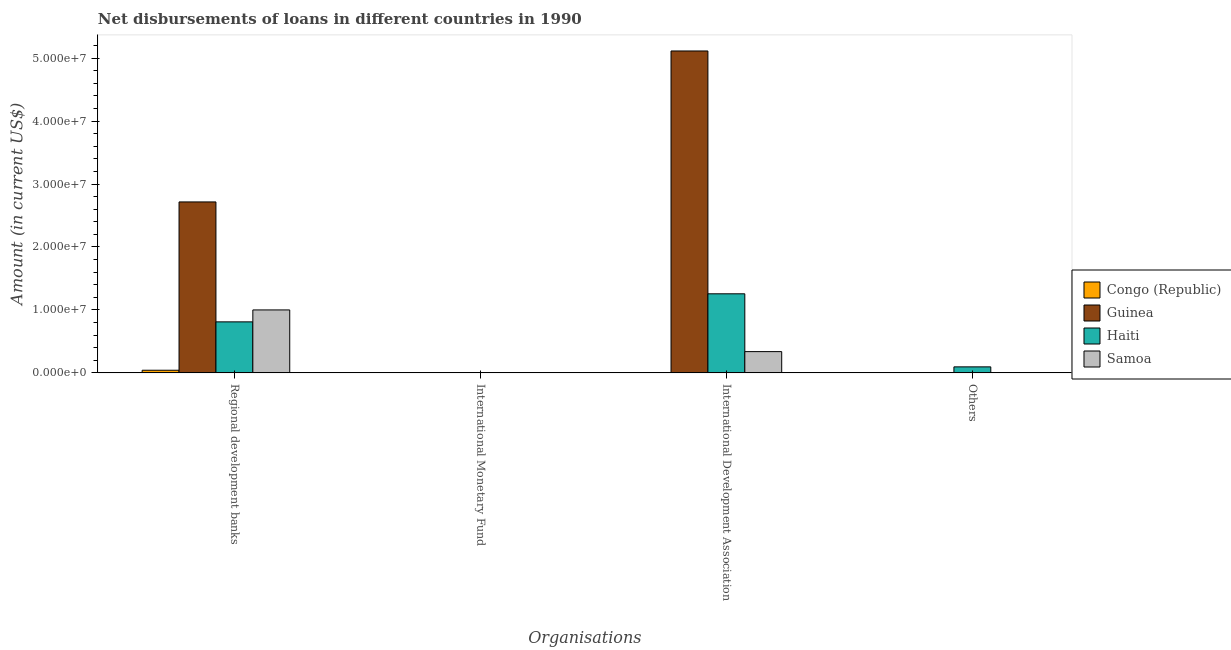
| Organisations | Congo (Republic) | Guinea | Haiti | Samoa |
 | --- | --- | --- | --- | --- |
 | Regional development banks | 4.16e+05 | 2.72e+07 | 8.1e+06 | 1e+07 |
 | International Monetary Fund | -5.36e+05 | -9.9e+05 | -7.01e+06 | -8.3e+04 |
 | International Development Association | -4.06e+05 | 5.11e+07 | 1.26e+07 | 3.38e+06 |
 | Others | -1.15e+07 | -3.73e+05 | 9.54e+05 | -6.04e+05 |